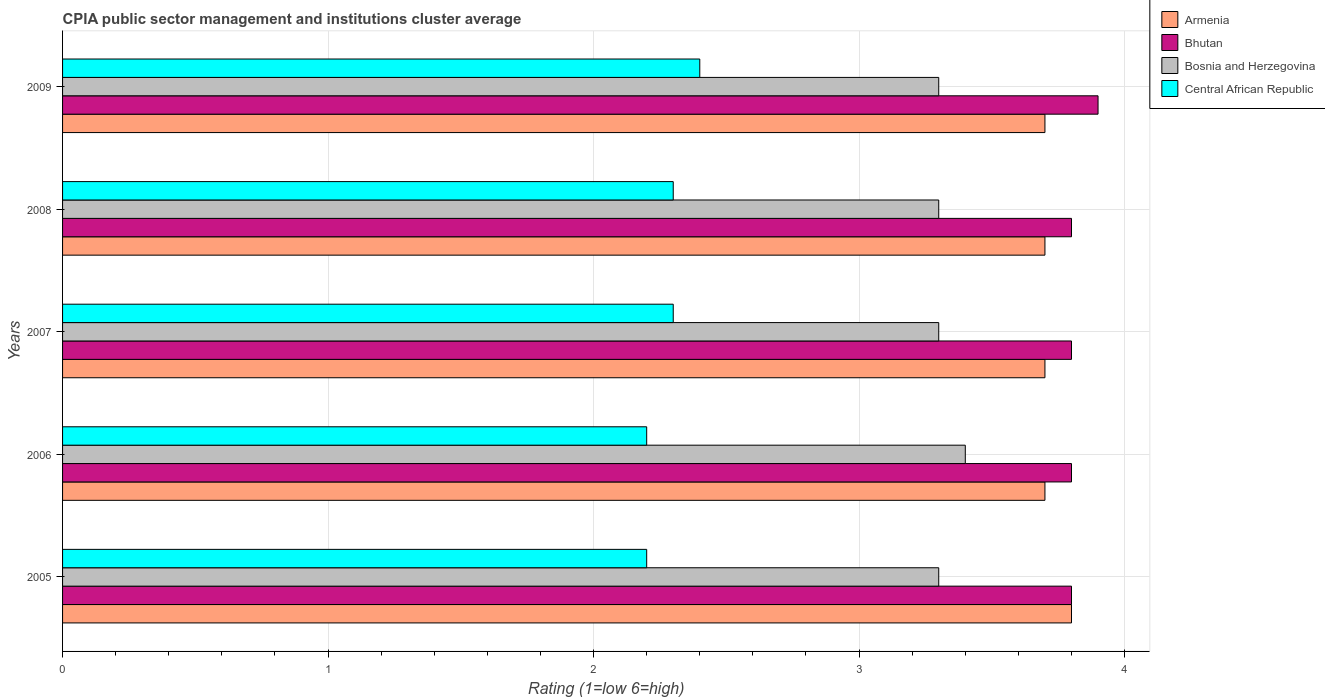
| Years | Armenia | Bhutan | Bosnia and Herzegovina | Central African Republic |
 | --- | --- | --- | --- | --- |
 | 2005 | 3.8 | 3.8 | 3.3 | 2.2 |
 | 2006 | 3.7 | 3.8 | 3.4 | 2.2 |
 | 2007 | 3.7 | 3.8 | 3.3 | 2.3 |
 | 2008 | 3.7 | 3.8 | 3.3 | 2.3 |
 | 2009 | 3.7 | 3.9 | 3.3 | 2.4 |